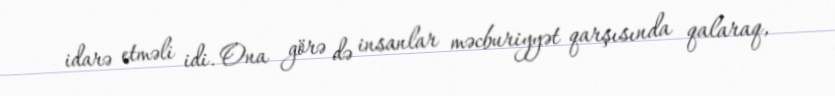
idarə etməli idi. Ona görə də insanlar məcburiyyət qarşısında qalaraq,